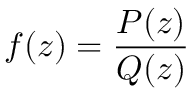
f ( z ) = { \frac { P ( z ) } { Q ( z ) } }